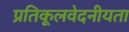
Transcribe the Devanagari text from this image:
प्रतिकूलवेदनीयता